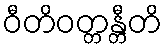
ဝီတိဝတ္တန္တီတိ